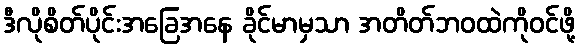
ဒီလိုစိတ်ပိုင်းအခြေအနေ ခိုင်မာမှသာ အတိတ်ဘဝထဲကိုဝင်ဖို့